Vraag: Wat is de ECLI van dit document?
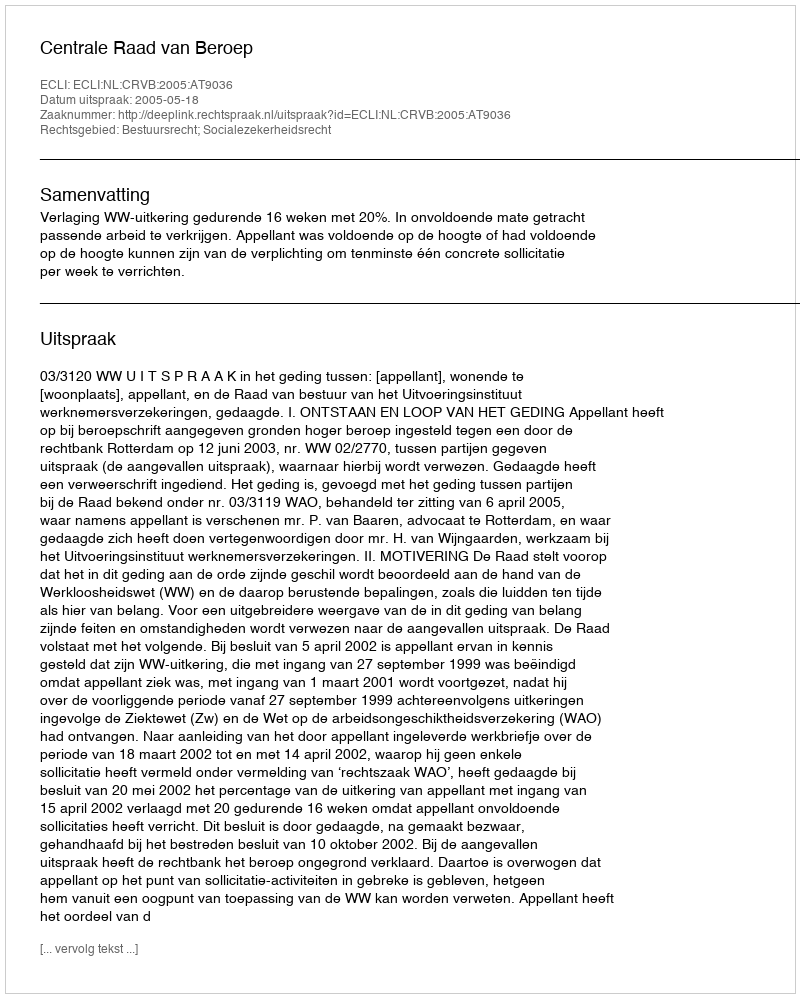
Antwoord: ECLI:NL:CRVB:2005:AT9036